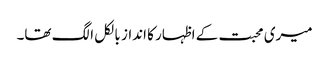
میری محبت کے اظہار کا انداز بالکل الگ تھا۔